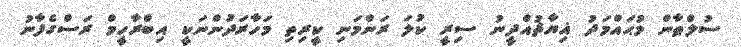
ސުލްޠާން މުޙައްމަދު ޣިޔާޘުއްދީނު ސިރީ ކުލަ ރަންމަނި ކީރިތި މަހާރަދުންނަކީ އިބްރާހީމް ރަސްގެފާނު